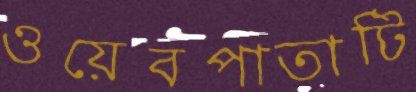
ওয়েবপাতাটি